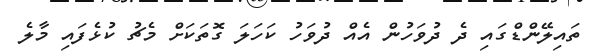
ތައިލޭންޑްގައި ދެ ދުވަހުން އެއް ދުވަހު ކަހަލަ ގޮތަކަށް މެޗު ކުޅެފައި މާލެ